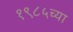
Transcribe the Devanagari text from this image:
१९८५च्या